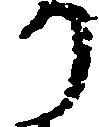
り